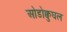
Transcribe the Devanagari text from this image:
ओडोक्वुघल